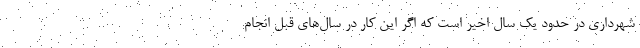
شهرداری در حدود یک سال اخیر است که اگر این کار در سال‌های قبل انجام